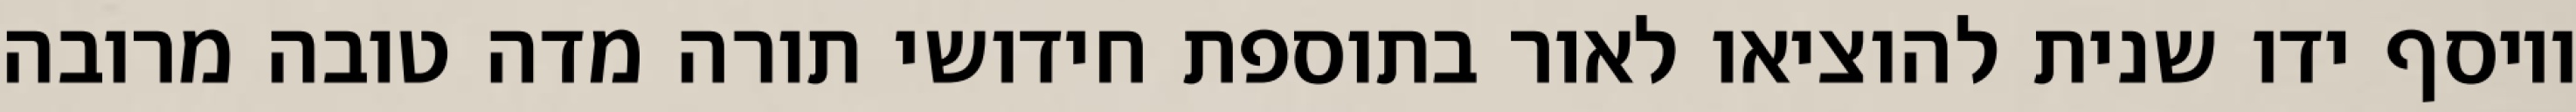
ויוסף ידו שנית להוציאו לאור בתוספת חידושי תורה מדה טובה מרובה